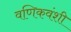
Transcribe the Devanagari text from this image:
वणिकवंशी